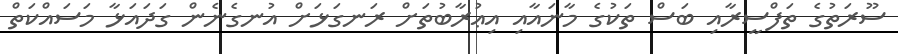
ސޫރަތުގެ ތަފްސީރާއި ބަސް ތަކުގެ މާނައާއި އިޢުރާބުތަށް ރަނގަޅަށް އުނގެނެން ގަދައަޅާ މަސައްކަތް